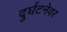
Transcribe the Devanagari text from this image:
दुर्घटनेवर